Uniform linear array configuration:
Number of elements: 12
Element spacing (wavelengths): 0.5
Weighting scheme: uniform
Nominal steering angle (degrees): -15
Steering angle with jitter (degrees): -16.979
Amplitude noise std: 0.05
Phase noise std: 0.05

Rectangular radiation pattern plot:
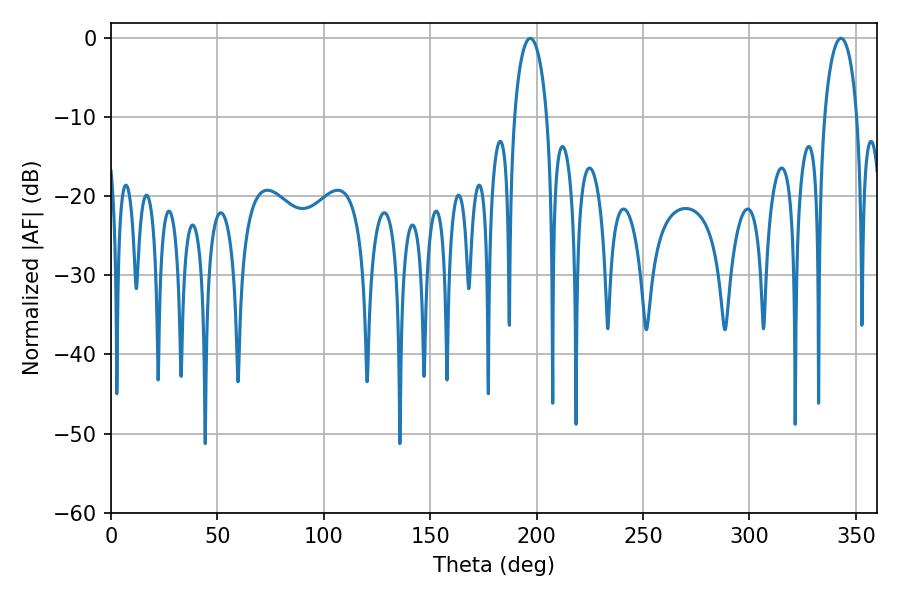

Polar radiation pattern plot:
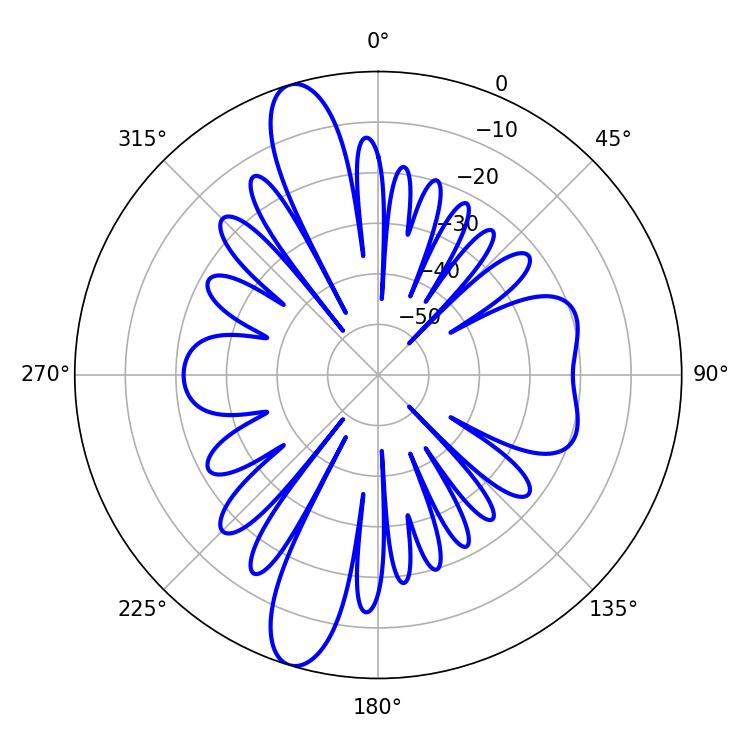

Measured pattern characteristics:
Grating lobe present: FALSE
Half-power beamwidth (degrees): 8.82
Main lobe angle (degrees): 196.92